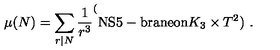
\mu ( N ) = \sum _ { r | N } \frac { 1 } { r ^ { 3 } } \sp ( \mathrm { N S 5 - b r a n e o n } K _ { 3 } \times T ^ { 2 } ) \ .